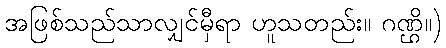
အဖြစ်သည်သာလျှင်မှီရာ ဟူသတည်း။ ဂဏ္ဌိ။)